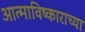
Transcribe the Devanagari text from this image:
आत्माविष्काराच्या